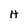
Character: H